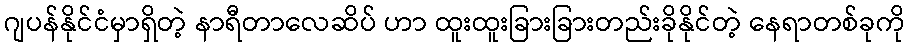
ဂျပန်နိုင်ငံမှာရှိတဲ့ နာရီတာလေဆိပ် ဟာ ထူးထူးခြားခြားတည်းခိုနိုင်တဲ့ နေရာတစ်ခုကို